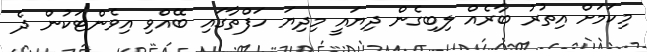
މިކަމަށް އިތުރު ބާރެއް ލިބިގެން ދިޔައީ މިދިޔަ ހަފްތާގައި ބޭއްވި އިވެންޓަކުން ދެ